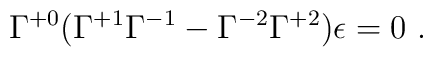
\Gamma^{+0} (\Gamma^{+1} \Gamma^{-1} - \Gamma^{-2} \Gamma^{+2} )  \epsilon = 0 ~.